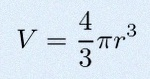
V=\frac43\pi r^3